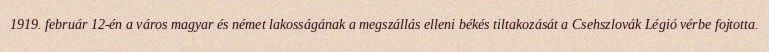
1919. február 12-én a város magyar és német lakosságának a megszállás elleni békés tiltakozását a Csehszlovák Légió vérbe fojtotta.